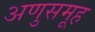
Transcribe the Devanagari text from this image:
अणुसमूह